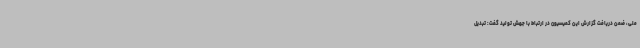
ملی، ضمن دریافت گزارش این کمیسیون در ارتباط با جهش تولید گفت: تبدیل